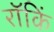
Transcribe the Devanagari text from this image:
रॉकिं